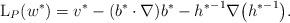
LaTeX: \begin{align*}\mathrm{L}_{P}(w^*) =v^*-(b^*\cdot\nabla)b^*-{h^*}^{-1}\nabla\big({h^*}^{-1}\big).\end{align*}